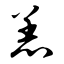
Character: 恙